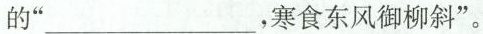
的”___，寒食东风御柳斜”。